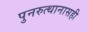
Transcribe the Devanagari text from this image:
पुनरुत्थानासही